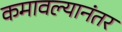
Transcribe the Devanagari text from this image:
कमावल्यानंतर